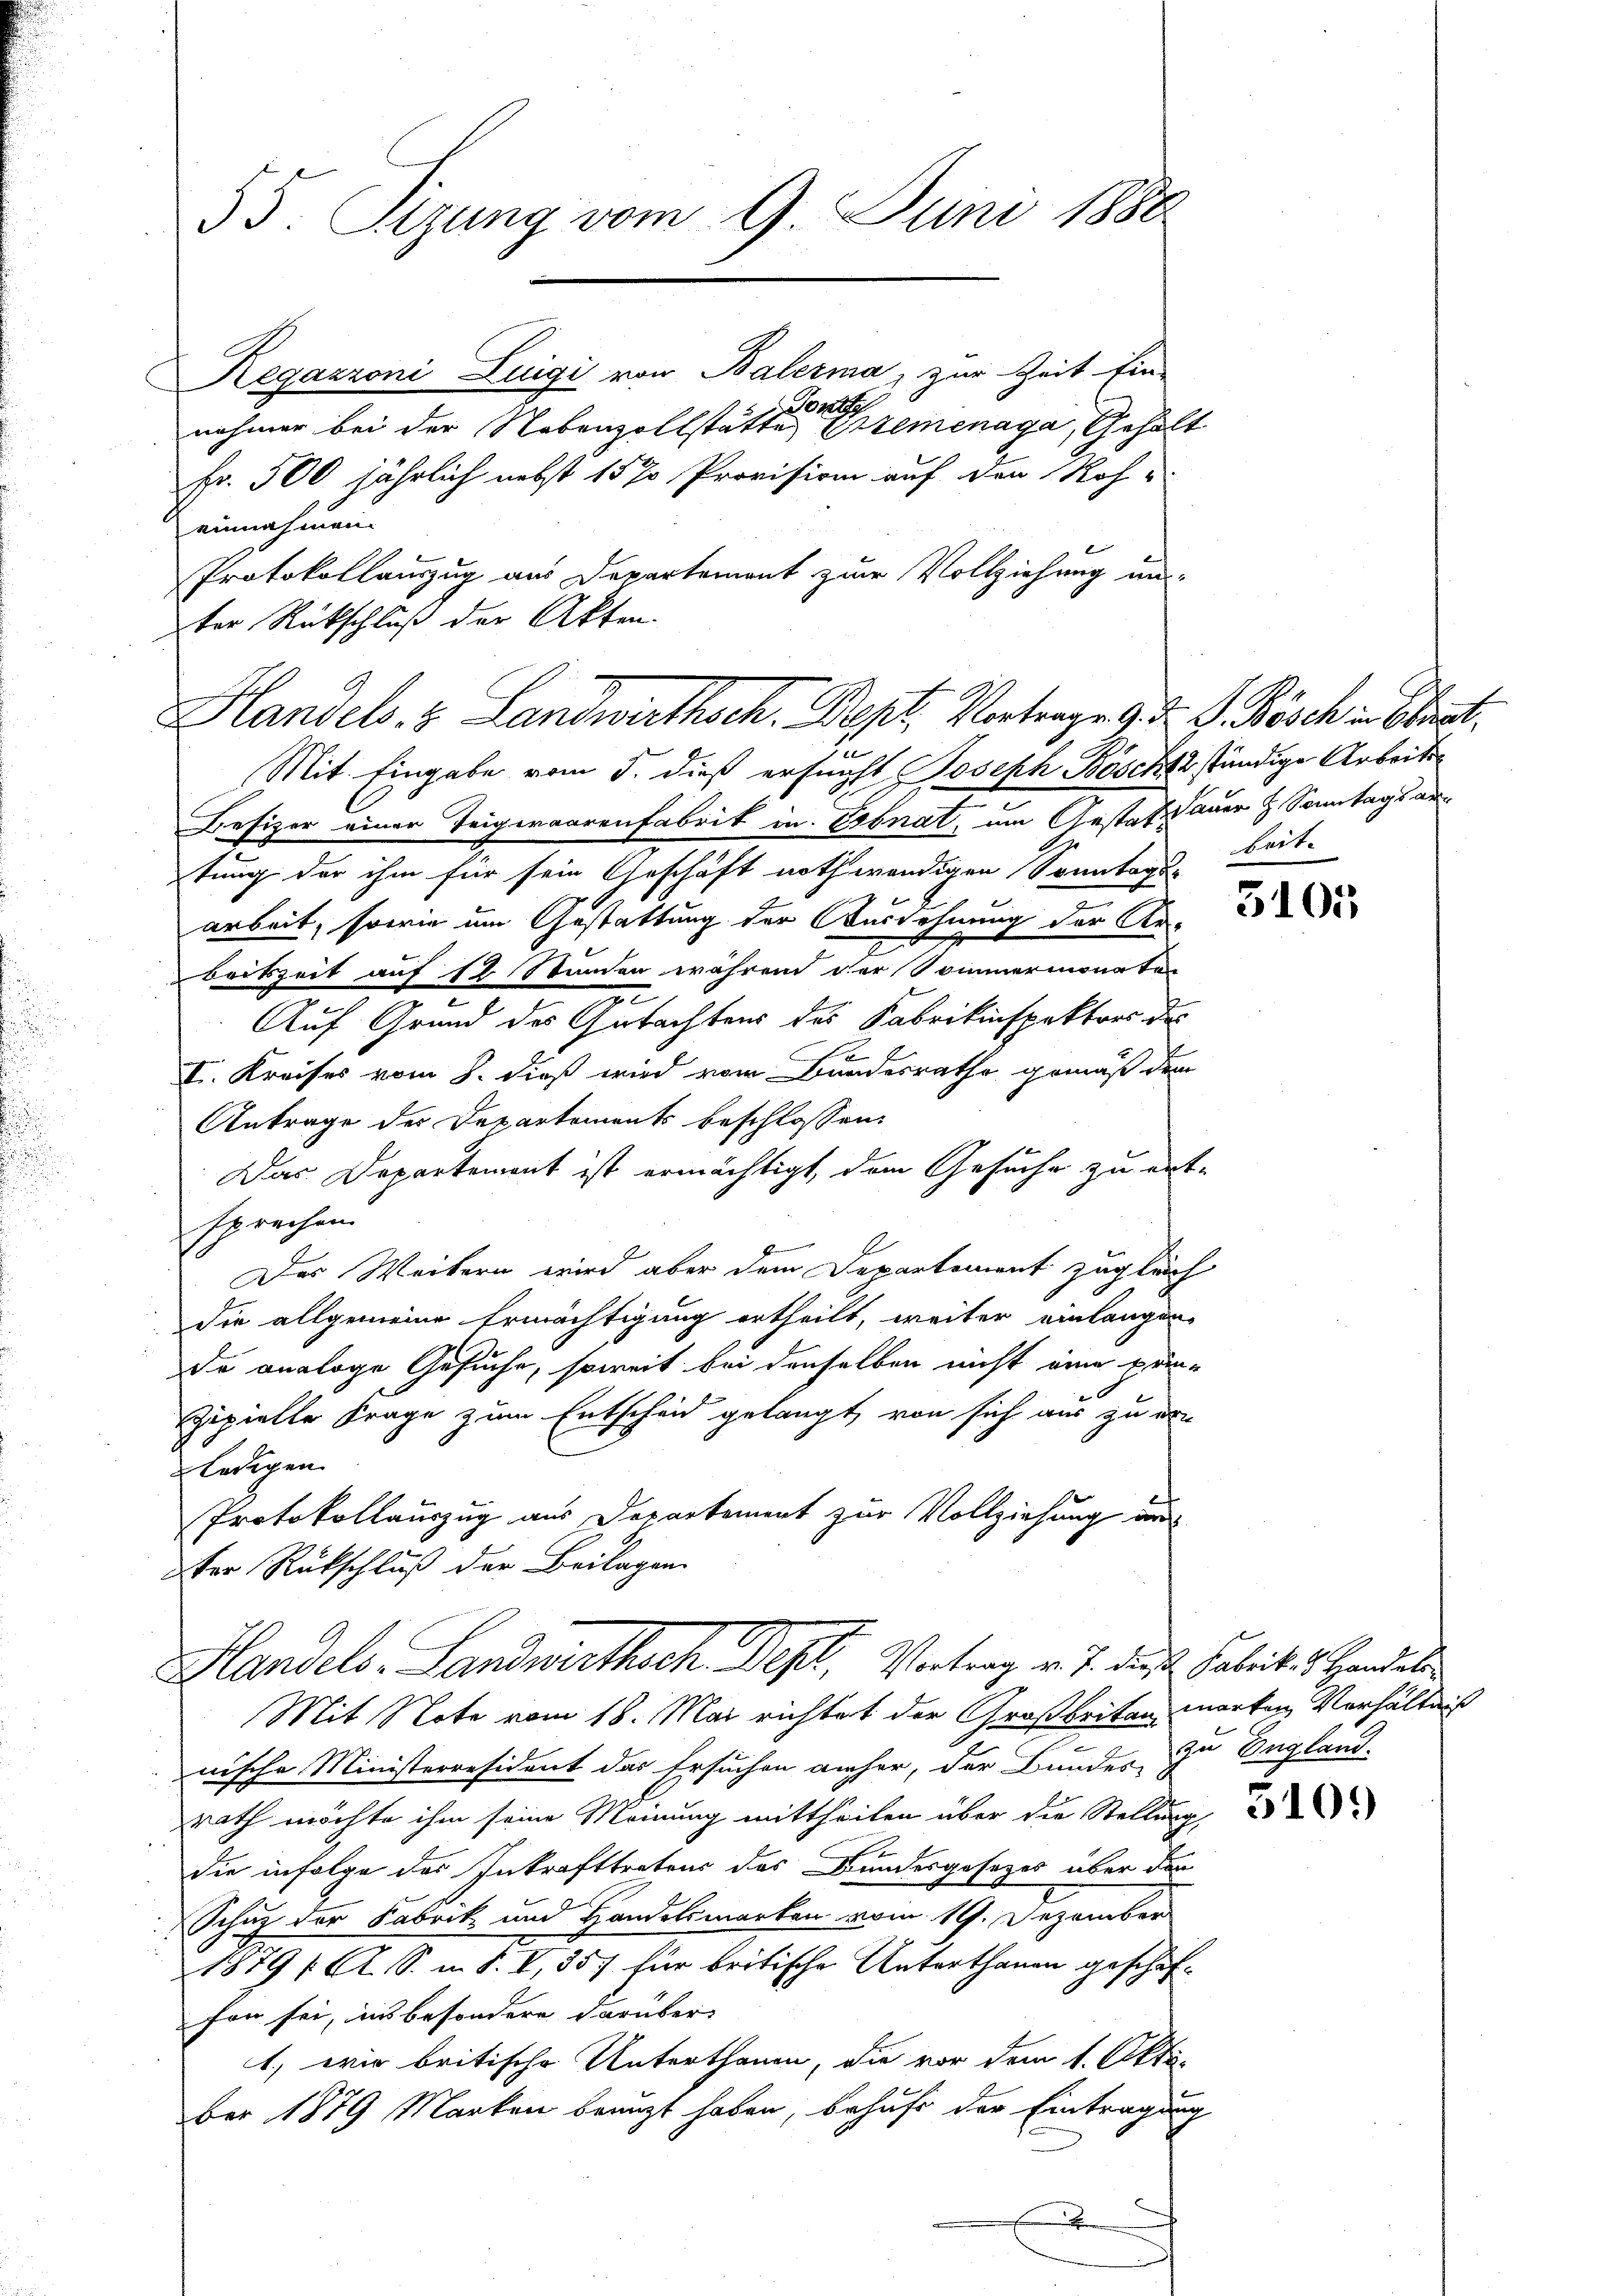
55. Sizung vom 9. Juni 1888

Handels- & Landwirthsch. Bapt. Vortrage d. d. G. Kösch best
sun

Regazzoni Luigi von Balerma, zur Zeit Ein-
Jon
nehmer bei der Nebenzollstätte Ertemenaga, Gehalt
Fr. 500 jährlich nebst 15 % Provision auf den Koh-
einnahmen.
Protokollauszug aus Departemont zur Vollziehung un-
ter Rückschluß der Akten.

Mit Eingabe vom 5. dieß ersuchst Joseph Boscht ständige Arbeits¬
Besizer einer Teigwaarenfabrik in Ebnat, um Gestat dauer H. Sonntagsartung der ihm für sein Geschäft nothwendigen Sonntages
arbeit, sowie um Gestattung der Ausdehnung der Ar-
beitszeit auf 12 Stunden während der Sommermonaten
7
Auf Grund des Gutachtens des Fabrikinspektors des
f
2
II. Kreises vom 8. dieß wird vom Bundesrathe gemäß dem
Antrage des Departements beschlossen:
Das Departement ist ermächtigt, dem Gesuche zu ent-
sprechen.
Der Weitern wird aber dem Departement zugleich
die allgemeine Ermächtigung ertheilt, weiter einlangen-
de analoge Gesuche, soweit bei denselben nicht eine pri¬
Zipielle Frage zum Entscheid gelangt, von sich aus zu ern
ledigen
Protokollauszug aus Departement zur Vollziehung aus
ter Rückschluß der Beilagen
Handels. Landwirthsch. Dept, Vertrag v. J. das Fabrik. & Handel
Mit Note vom 18. Mai richtet der Großbritanmarken Verhältniß
nische Ministerresident des Ersuchen anher, der Bundes zu England-
rath möchte ihm seine Meinung mittheilen über die Stellung,
die infolge des Inkrafttretens des Bundesgesetzes über den
Schutz der Fabrik und Handelsmarken vom 19. Dezember
1879 f. A. S. i S. I, 357 für britische Unterthanen geschäfhon sei, ins besondere darüber
1) wir britische Unterthanen, die vor dem 1. Oktober 1879 Marken beanzt haben, behufe der Eintragung

keite

3105

310.